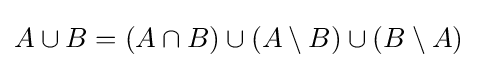
A\cup B=(A\cap B)\cup (A\setminus B)\cup (B\setminus A)